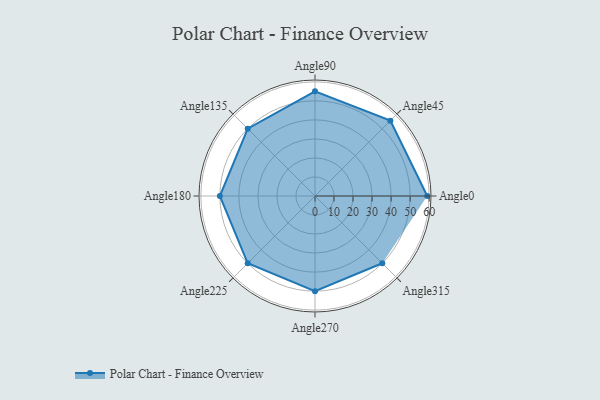
{"axis": {"x": "Angle", "y": "Radius"}, "legend": [""], "data": [{"x": "Angle0", "y": 59.0, "type": ""}, {"x": "Angle45", "y": 56.0, "type": ""}, {"x": "Angle90", "y": 55.0, "type": ""}, {"x": "Angle135", "y": 50.0, "type": ""}, {"x": "Angle180", "y": 50, "type": ""}, {"x": "Angle225", "y": 50, "type": ""}, {"x": "Angle270", "y": 50, "type": ""}, {"x": "Angle315", "y": 50, "type": ""}]}